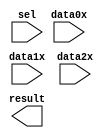
// megafunction wizard: %LPM_MUX%VBB%
// GENERATION: STANDARD
// VERSION: WM1.0
// MODULE: lpm_mux 

// ============================================================
// Megafunction Name(s):
// 			lpm_mux
//
// Simulation Library Files(s):
// 			lpm
// ============================================================
// ************************************************************
// THIS IS A WIZARD-GENERATED FILE. DO NOT EDIT THIS FILE!
//
// 7.2 Build 151 09/26/2007 SJ Full Version
// ************************************************************

//Copyright (C) 1991-2007 Altera Corporation
//Your use of Altera Corporation's design tools, logic functions 
//and other software and tools, and its AMPP partner logic 
//functions, and any output files from any of the foregoing 
//(including device programming or simulation files), and any 
//associated documentation or information are expressly subject 
//to the terms and conditions of the Altera Program License 
//Subscription Agreement, Altera MegaCore Function License 
//Agreement, or other applicable license agreement, including, 
//without limitation, that your use is for the sole purpose of 
//programming logic devices manufactured by Altera and sold by 
//Altera or its authorized distributors.  Please refer to the 
//applicable agreement for further details.

module lpm_mux3 (
	data0x,
	data1x,
	data2x,
	sel,
	result);

	input	[4:0]  data0x;
	input	[4:0]  data1x;
	input	[4:0]  data2x;
	input	[1:0]  sel;
	output	[4:0]  result;

endmodule

// ============================================================
// CNX file retrieval info
// ============================================================
// Retrieval info: PRIVATE: INTENDED_DEVICE_FAMILY STRING "Cyclone III"
// Retrieval info: PRIVATE: SYNTH_WRAPPER_GEN_POSTFIX STRING "0"
// Retrieval info: CONSTANT: LPM_SIZE NUMERIC "3"
// Retrieval info: CONSTANT: LPM_TYPE STRING "LPM_MUX"
// Retrieval info: CONSTANT: LPM_WIDTH NUMERIC "5"
// Retrieval info: CONSTANT: LPM_WIDTHS NUMERIC "2"
// Retrieval info: USED_PORT: data0x 0 0 5 0 INPUT NODEFVAL data0x[4..0]
// Retrieval info: USED_PORT: data1x 0 0 5 0 INPUT NODEFVAL data1x[4..0]
// Retrieval info: USED_PORT: data2x 0 0 5 0 INPUT NODEFVAL data2x[4..0]
// Retrieval info: USED_PORT: result 0 0 5 0 OUTPUT NODEFVAL result[4..0]
// Retrieval info: USED_PORT: sel 0 0 2 0 INPUT NODEFVAL sel[1..0]
// Retrieval info: CONNECT: result 0 0 5 0 @result 0 0 5 0
// Retrieval info: CONNECT: @data 0 0 5 10 data2x 0 0 5 0
// Retrieval info: CONNECT: @data 0 0 5 5 data1x 0 0 5 0
// Retrieval info: CONNECT: @data 0 0 5 0 data0x 0 0 5 0
// Retrieval info: CONNECT: @sel 0 0 2 0 sel 0 0 2 0
// Retrieval info: LIBRARY: lpm lpm.lpm_components.all
// Retrieval info: GEN_FILE: TYPE_NORMAL lpm_mux3.v TRUE
// Retrieval info: GEN_FILE: TYPE_NORMAL lpm_mux3.inc FALSE
// Retrieval info: GEN_FILE: TYPE_NORMAL lpm_mux3.cmp FALSE
// Retrieval info: GEN_FILE: TYPE_NORMAL lpm_mux3.bsf TRUE
// Retrieval info: GEN_FILE: TYPE_NORMAL lpm_mux3_inst.v TRUE
// Retrieval info: GEN_FILE: TYPE_NORMAL lpm_mux3_bb.v TRUE
// Retrieval info: LIB_FILE: lpm